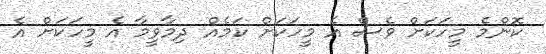
ކޮންމެ މީހަކަށް ވެސް އެ މީހަކަށް ކަމެއް ދިމާވީމާ އެ މީހަކަށް އެ